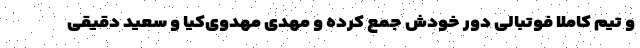
و تیم کاملاً فوتبالی دور خودش جمع کرده و مهدی مهدوی‌کیا و سعید دقیقی